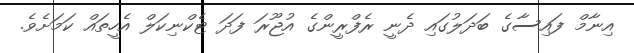
އިނާމް ފައިސާގެ ބަދަލުގައި ދެނީ ރެފްރީންގެ އުޖޫރަ ފަދަ ޓެކްނިކަލް އެހީތައް ކަމަށެވެ.